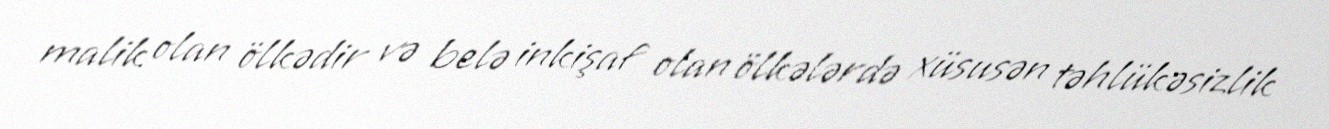
malik olan ölkədir və belə inkişaf olan ölkələrdə xüsusən təhlükəsizlik